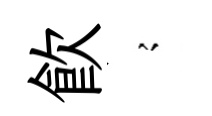
飲𡪹